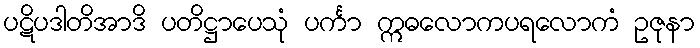
ပဋိပဒါတိအာဒိ ပတိဋ္ဌာပေသုံ ပင်္ကာ ဣဓလောကပရလောကံ ဥဇုနာ